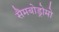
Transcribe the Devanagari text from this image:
सैमबोड्रोमो